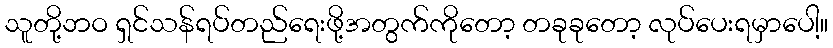
သူတို့ဘဝ ရှင်သန်ရပ်တည်ရေးဖို့အတွက်ကိုတော့ တခုခုတော့ လုပ်ပေးရမှာပေါ့။